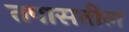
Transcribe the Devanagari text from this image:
तपासतील